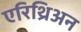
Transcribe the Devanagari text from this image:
एरिथ्रिअन